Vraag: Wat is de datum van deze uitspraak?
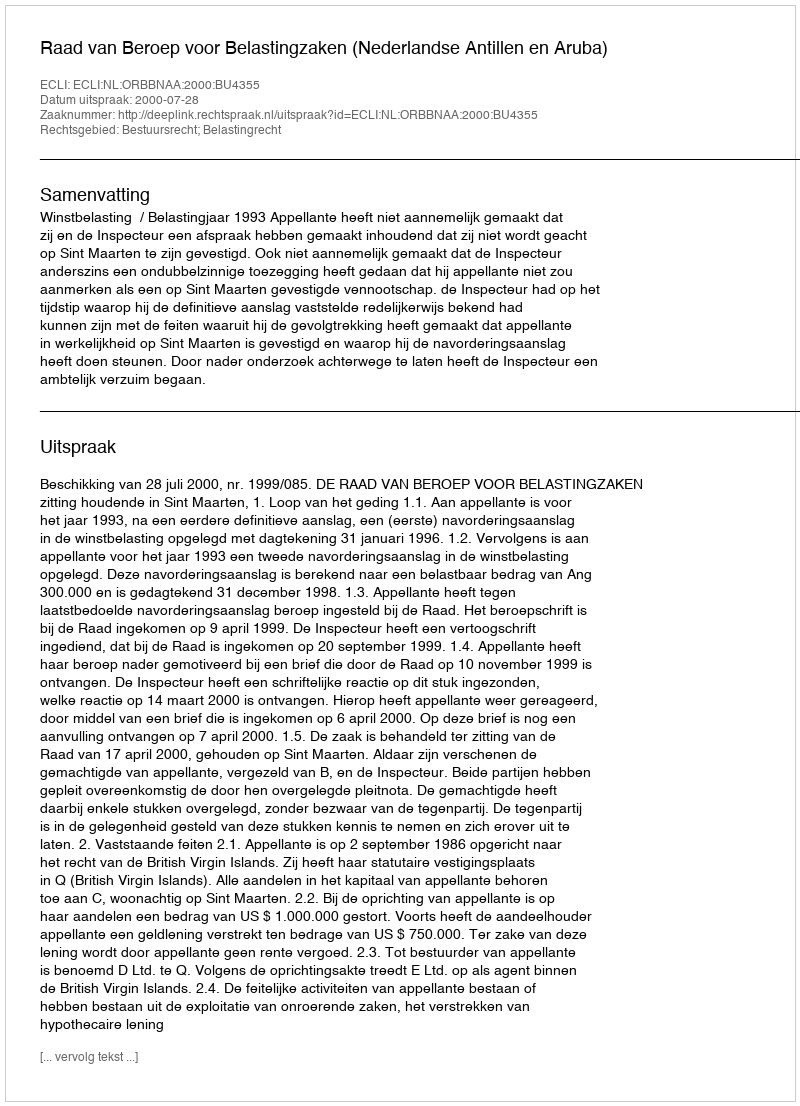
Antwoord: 2000-07-28